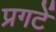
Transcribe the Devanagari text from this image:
प्रगटें